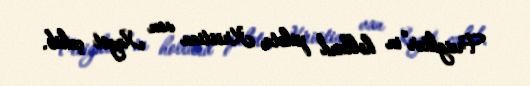
Freighter”in holland pilotu Kristian van Xeyst çəkib.